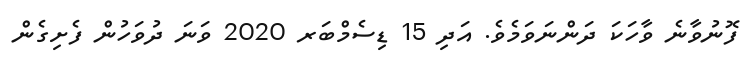
ފޮނުވާނެ ވާހަކަ ދަންނަވަމެވެ. އަދި 15 ޑިސެމްބަރ 2020 ވަނަ ދުވަހުން ފެށިގެން